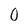
Character: O